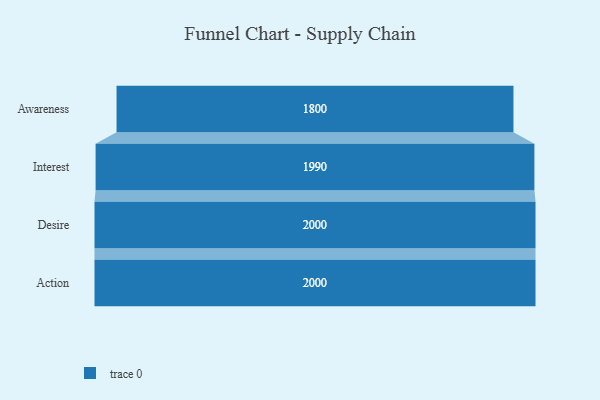
{"axis": {"x": "Stage", "y": "Value"}, "legend": [""], "data": [{"x": "Awareness", "y": 1800.0, "type": ""}, {"x": "Interest", "y": 1990.0, "type": ""}, {"x": "Desire", "y": 2000, "type": ""}, {"x": "Action", "y": 2000, "type": ""}]}